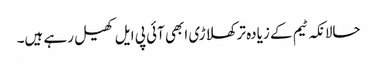
حالانکہ ٹیم کے زیادہ تر کھلاڑی ابھی آئی پی ایل کھیل رہے ہیں۔